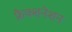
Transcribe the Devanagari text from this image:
फ्रैक्शनेशन